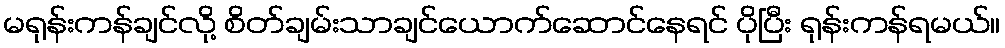
မရုန်းကန်ချင်လို့ စိတ်ချမ်းသာချင်ယောက်ဆောင်နေရင် ပိုပြီး ရုန်းကန်ရမယ်။